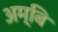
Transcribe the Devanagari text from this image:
अम्बि